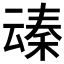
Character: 𪜞